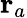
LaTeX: \mathbf{r}_{a}